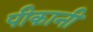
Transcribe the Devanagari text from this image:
पीकानी